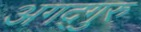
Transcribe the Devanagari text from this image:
अगद्गुरु